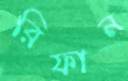
রিফান